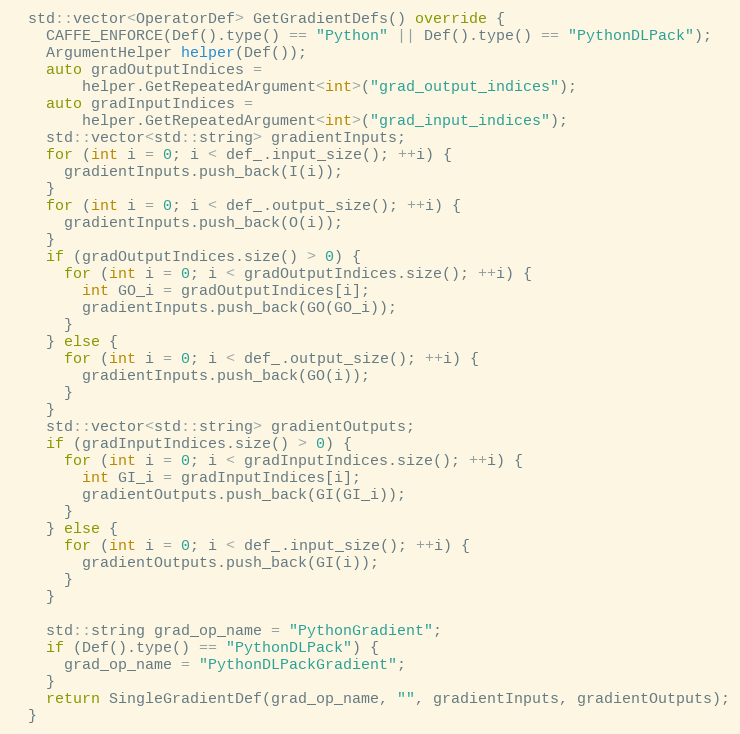
Language: C++
  std::vector<OperatorDef> GetGradientDefs() override {
    CAFFE_ENFORCE(Def().type() == "Python" || Def().type() == "PythonDLPack");
    ArgumentHelper helper(Def());
    auto gradOutputIndices =
        helper.GetRepeatedArgument<int>("grad_output_indices");
    auto gradInputIndices =
        helper.GetRepeatedArgument<int>("grad_input_indices");
    std::vector<std::string> gradientInputs;
    for (int i = 0; i < def_.input_size(); ++i) {
      gradientInputs.push_back(I(i));
    }
    for (int i = 0; i < def_.output_size(); ++i) {
      gradientInputs.push_back(O(i));
    }
    if (gradOutputIndices.size() > 0) {
      for (int i = 0; i < gradOutputIndices.size(); ++i) {
        int GO_i = gradOutputIndices[i];
        gradientInputs.push_back(GO(GO_i));
      }
    } else {
      for (int i = 0; i < def_.output_size(); ++i) {
        gradientInputs.push_back(GO(i));
      }
    }
    std::vector<std::string> gradientOutputs;
    if (gradInputIndices.size() > 0) {
      for (int i = 0; i < gradInputIndices.size(); ++i) {
        int GI_i = gradInputIndices[i];
        gradientOutputs.push_back(GI(GI_i));
      }
    } else {
      for (int i = 0; i < def_.input_size(); ++i) {
        gradientOutputs.push_back(GI(i));
      }
    }

    std::string grad_op_name = "PythonGradient";
    if (Def().type() == "PythonDLPack") {
      grad_op_name = "PythonDLPackGradient";
    }
    return SingleGradientDef(grad_op_name, "", gradientInputs, gradientOutputs);
  }